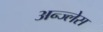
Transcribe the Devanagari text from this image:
अन्ज्लेस